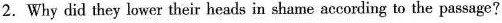
2.Why did they lower their heads in shame according to the passage?